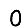
Digit: 0